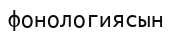
фонологиясын